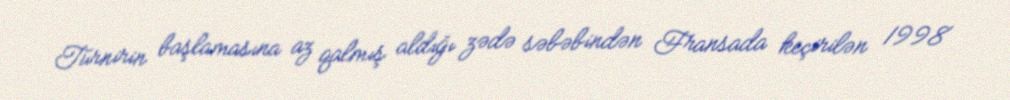
Turnirin başlamasına az qalmış aldığı zədə səbəbindən Fransada keçirilən 1998